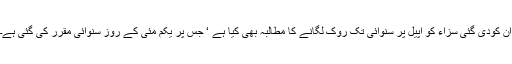
ان کودی گئی سزاء کو اپیل پر سنوائی تک روک لگانے کا مطالبہ بھی کیا ہے ‘ جس پر یکم مئی کے روز سنوائی مقرر کی گئی ہے۔